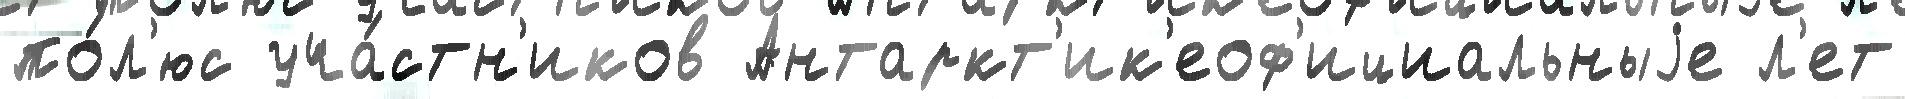
по́л'юс уча́стн'иков Антаркт'ик'еоф'ициальныjе л'ет